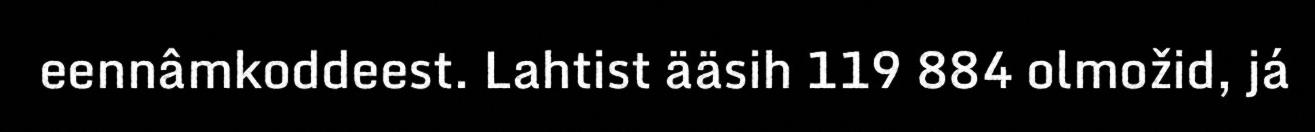
eennâmkoddeest. Lahtist ääsih 119 884 olmožid, já